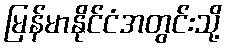
မြန်မာနိုင်ငံအတွင်းသို့